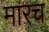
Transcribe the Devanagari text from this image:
मारच